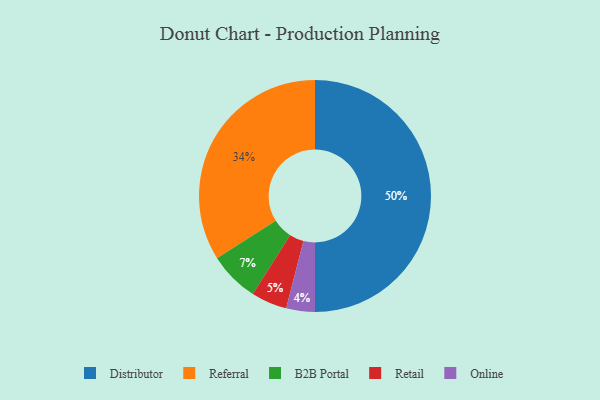
{"axis": {"x": "Category", "y": "Percentage"}, "legend": ["B2B Portal", "Distributor", "Online", "Referral", "Retail"], "data": [{"x": "Referral", "y": 34, "type": "Referral"}, {"x": "B2B Portal", "y": 7, "type": "B2B Portal"}, {"x": "Retail", "y": 5, "type": "Retail"}, {"x": "Online", "y": 4, "type": "Online"}, {"x": "Distributor", "y": 50, "type": "Distributor"}]}